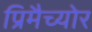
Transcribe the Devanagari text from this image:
प्रिमैच्योर